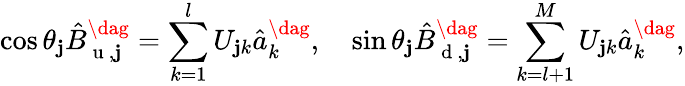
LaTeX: \cos{\theta_{\mathbf{j}}}\hat{{B}}_{\mathrm{{~u~}},\mathbf{j}}^{\dag}=\sum_{k=1}^{l}U_{\mathbf{j}k}\hat{{a}}_{k}^{\dag},\quad\sin{\theta_{\mathbf{j}}}\hat{{B}}_{\mathrm{{~d~}},\mathbf{j}}^{\dag}=\sum_{k=l+1}^{M}U_{\mathbf{j}k}\hat{{a}}_{k}^{\dag},